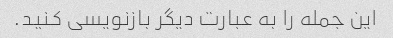
این جمله را به عبارت دیگر بازنویسی کنید.